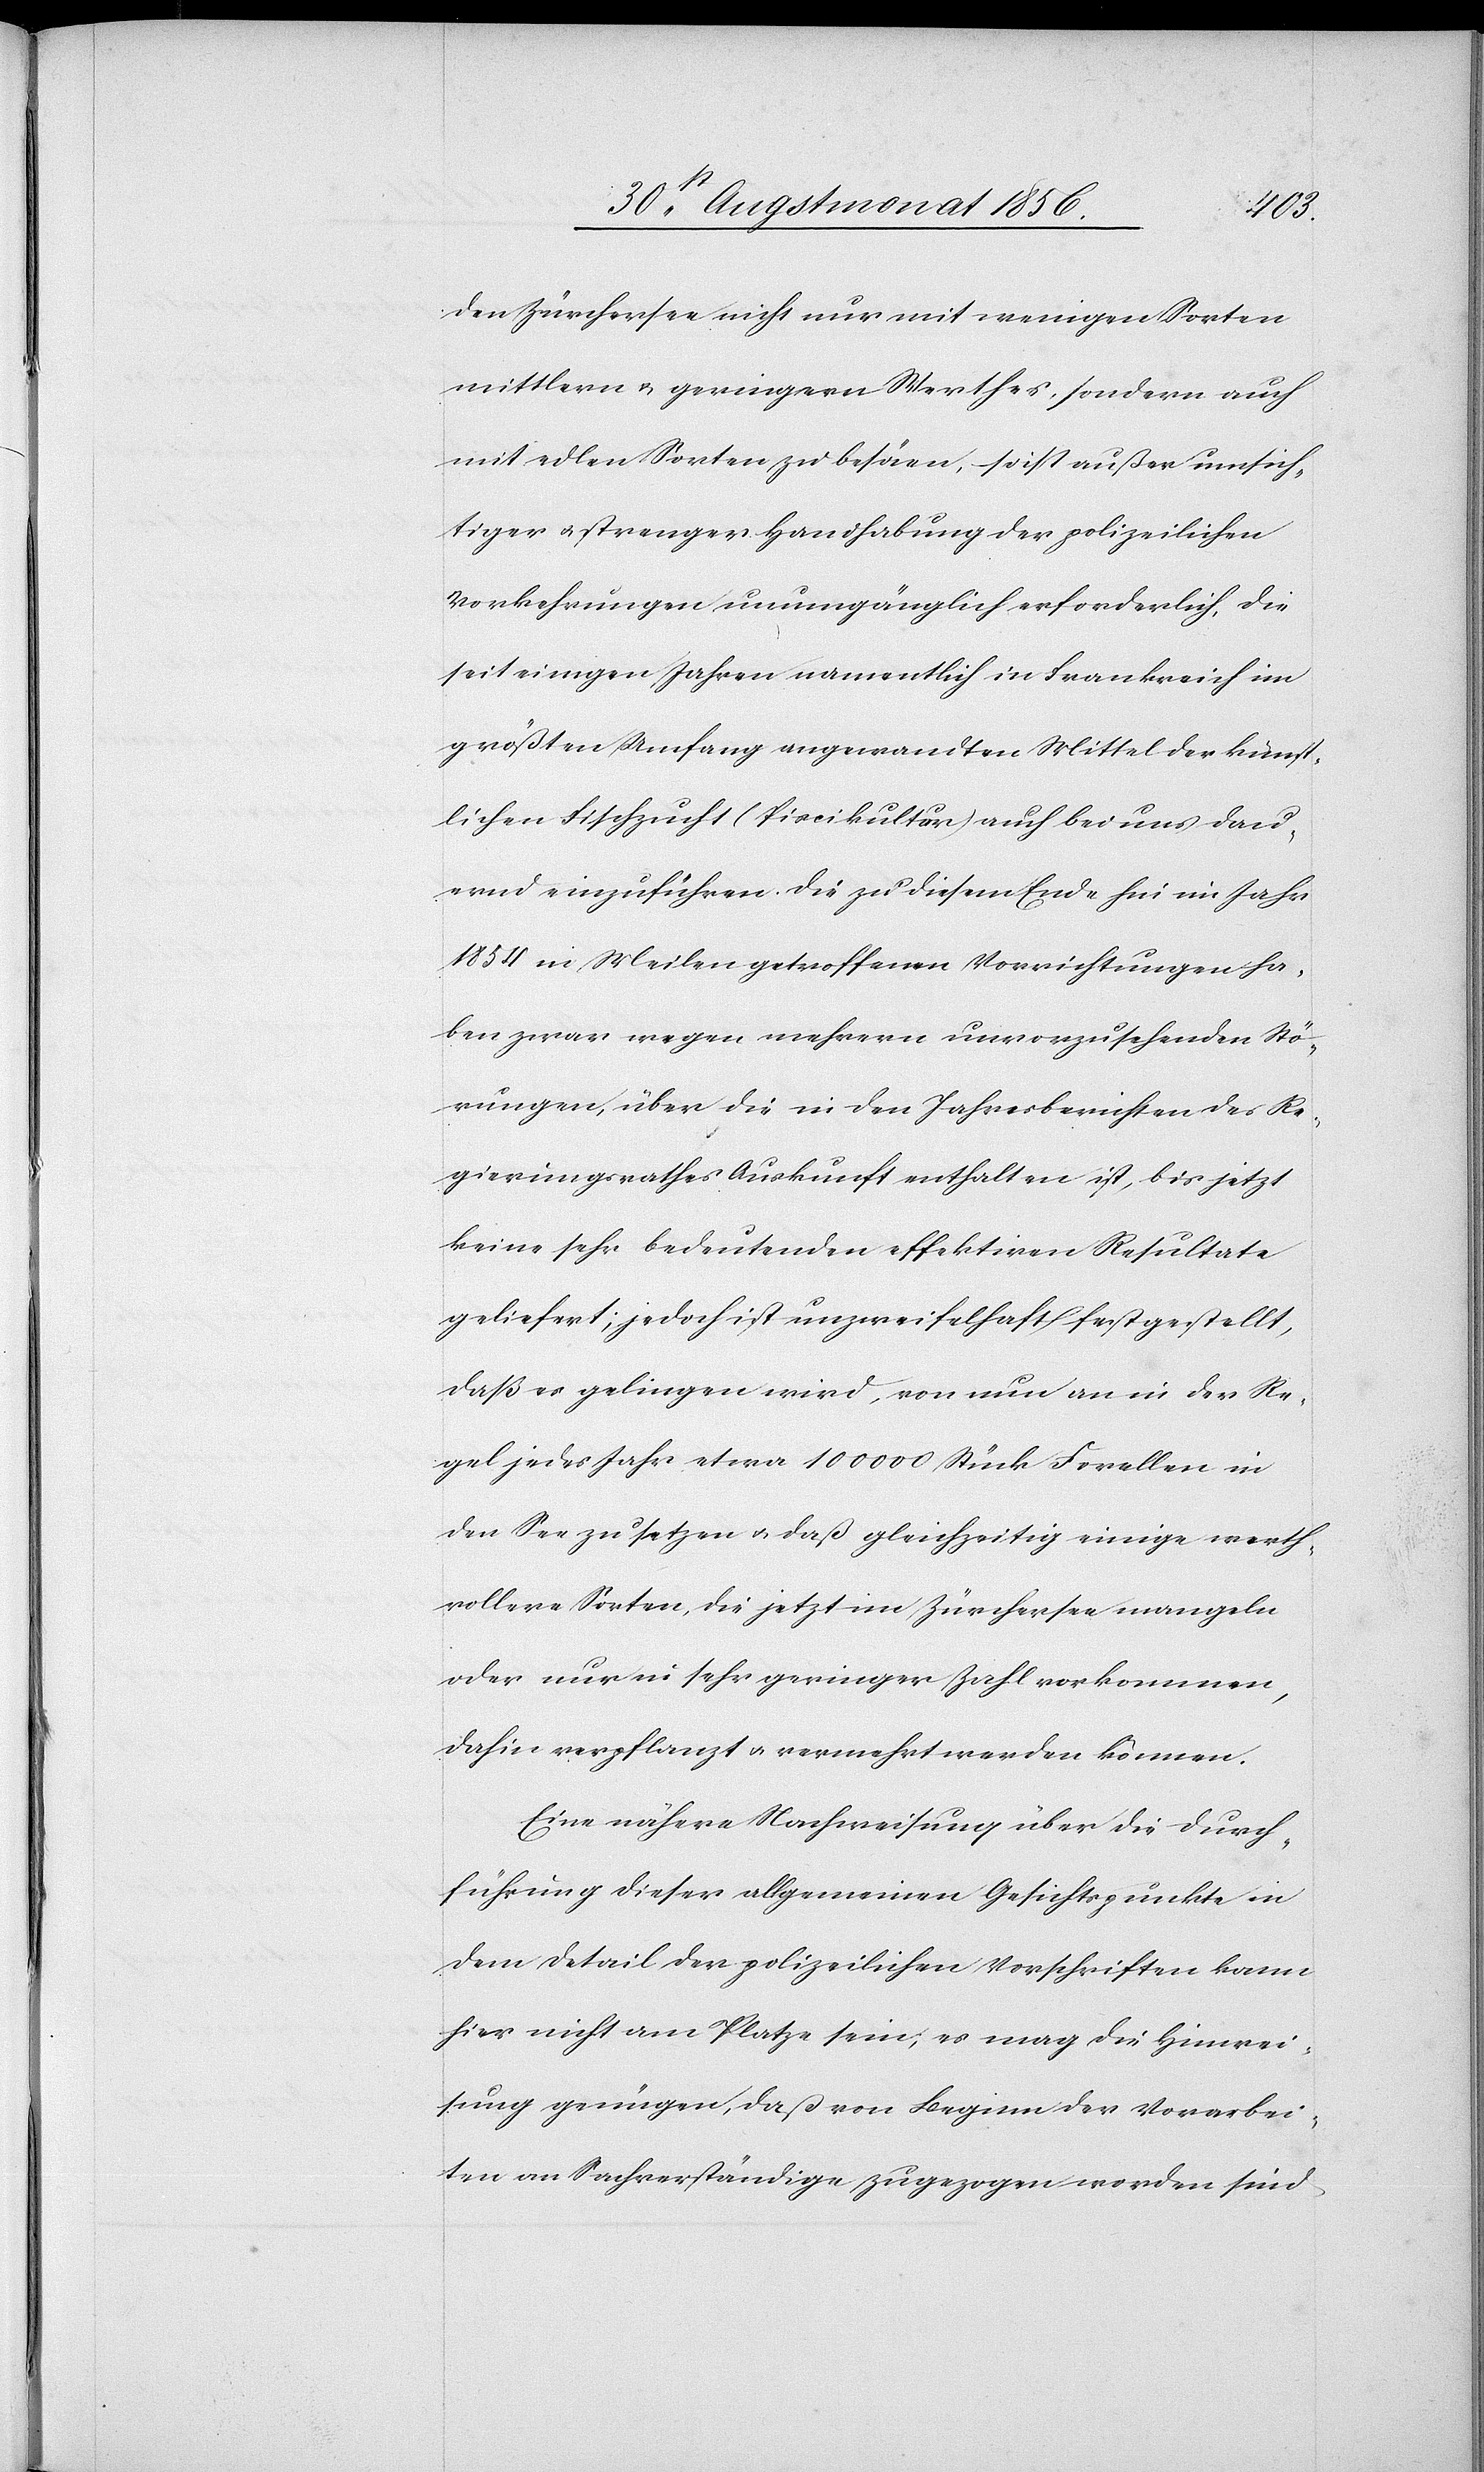
den Zürchersee nicht nur mit wenigen Sorgen
mittlern u. geringern Werthes, sondern auch
mit edlen Sorten zu besäen, so ist außer umsich¬
tiger u. strenger Handhabung der polizeilichen
Vorkehrungen unumgänglich erforderlich, die
seit einigen Jahren namentlich in Frankreich im
größten Umfang angewandten Mittel der künst¬
lichen Fischzucht (Piscikultur) auch bei uns dau¬
ernd einzuführen. Die zu diesem Ende hin im Jahr
1854 in Meilen getroffenen Vorrichtungen ha¬
ben zwar wegen mehrern unvorzusehenden Stö¬
rungen, über die in den Jahresberichten des Re¬
gierungsrathes Auskunft enthalten ist, bis jetzt
keine sehr bedeutenden effektiven Resultate
geliefert; jedoch ist unzweifelhaft festgestellt,
daß es gelingen wird, von nun an in der Re¬
gel jedes Jahr etwa 100 000 Stück Forellen in
den See zu setzen u. daß gleichzeitig einige werth¬
vollere Sorten, die jetzt im Zürchersee mangeln
oder nur in sehr geringer Zahl vorkommen,
dahin verpflanzt u. vermehrt werden können.
Eine nähere Nachweisung über die Durch¬
führung dieser allgemeinen Gesichtspunkte in
dem Detail der polizeilichen Vorschriften kann
hier nicht am Platze sein; es mag die Hinwei¬
sung genügen, daß von Beginn der Vorarbei¬
ten an Sachverständige zugezogen worden sind